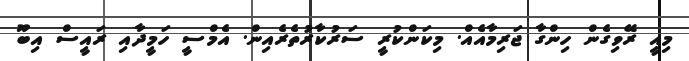
މިއީ ރޭވިގެން ހިންގާ ޖަރިމާއެއް. މިކަންކުރީ ސަރުކާރުތެރެއިން. އެމްސީ ހަމީދާއި ރައީސް އިބޫ